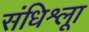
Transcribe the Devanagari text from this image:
संधिश्लूा